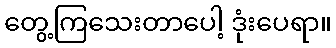
တွေ့ကြသေးတာပေါ့ ဒုံးပေရာ။